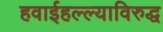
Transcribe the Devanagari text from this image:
हवाईहल्ल्याविरुद्ध